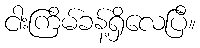
ငါးကြိမ်ခန့်ရှိလေပြီ။